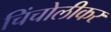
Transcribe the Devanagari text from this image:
चिंचोलीकर